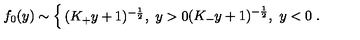
f _ { 0 } ( y ) \sim \left\{ \begin{matrix} { ( K _ { + } y + 1 ) ^ { - { \frac { 1 } { 2 } } } , \ y > 0 } \\ { ( K _ { - } y + 1 ) ^ { - { \frac { 1 } { 2 } } } , \ y < 0 } \\ \end{matrix} \right. .